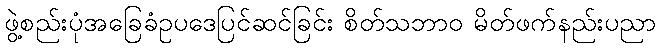
ဖွဲ့စည်းပုံအခြေခံဥပဒေပြင်ဆင်ခြင်း စိတ်သဘာဝ မိတ်ဖက်နည်းပညာ